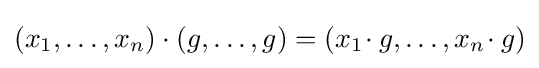
(x_{1},\dots ,x_{n})\cdot (g,\dots ,g)=(x_{1}\!\cdot g,\dots ,x_{n}\!\cdot g)